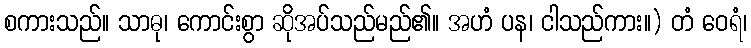
စကားသည်။ သာဓု၊ ကောင်းစွာ ဆိုအပ်သည်မည်၏။ အဟံ ပန၊ ငါသည်ကား။) တံ ဝေရံ၊